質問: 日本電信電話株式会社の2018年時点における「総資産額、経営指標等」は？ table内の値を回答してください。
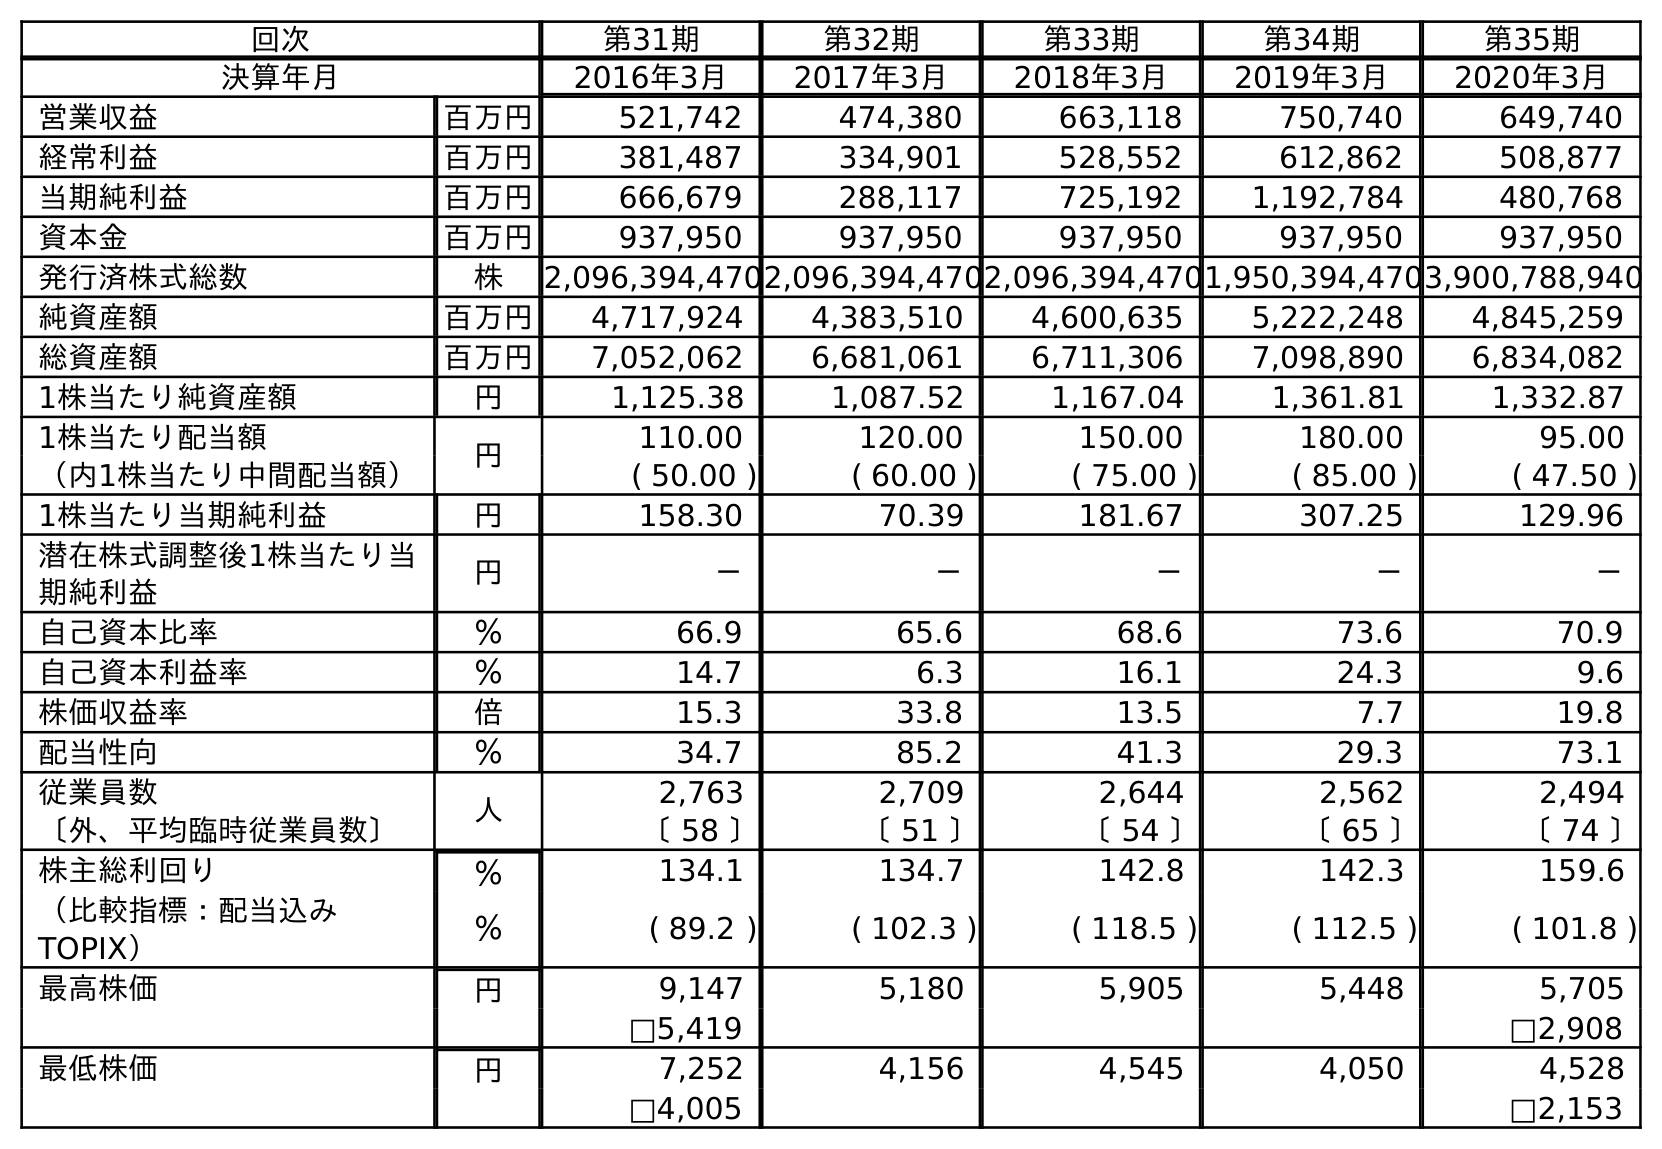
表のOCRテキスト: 回次 第31期 第32期 第33期 第34期 第35期 決算年月 2016年3月 2017年3月 2018年3月 2019年3月 2020年3月 営業収益 百万円 521,742 474,380 663,118 750,740 649,740 経常利益 百万円 381,487 334,901 528,552 612,862 508,877 当期純利益 百万円 666,679 288,117 725,192 1,192,784 480,768 資本金 百万円 937,950 937,950 937,950 937,950 937,950 発行済株式総数 株 2,096,394,4702,096,394,4702,096,394,4701,950,394,4703,900,788,940 純資産額 百万円 4,717,924 4,383,510 4,600,635 5,222,248 4,845,259 総資産額 百万円 7,052,062 6,681,061 6,711,306 7,098,890 6,834,082 1株当たり純資産額 円 1,125.38 1,087.52 1,167.04 1,361.81 1,332.87 1株当たり配当額 円 110.00 120.00 150.00 180.00 95.00 （内1株当たり中間配当額） ( 50.00 ) ( 60.00 ) ( 75.00 ) ( 85.00 ) ( 47.50 ) 1株当たり当期純利益 円 158.30 70.39 181.67 307.25 129.96 潜在株式調整後1株当たり当 期純利益 円 － － － － － 自己資本比率 ％ 66.9 65.6 68.6 73.6 70.9 自己資本利益率 ％ 14.7 6.3 16.1 24.3 9.6 株価収益率 倍 15.3 33.8 13.5 7.7 19.8 配当性向 ％ 34.7 85.2 41.3 29.3 73.1 従業員数 人 2,763 2,709 2,644 2,562 2,494 〔外、平均臨時従業員数〕 〔 58 〕 〔 51 〕 〔 54 〕 〔 65 〕 〔 74 〕 株主総利回り ％ 134.1 134.7 142.8 142.3 159.6 （比較指標：配当込み TOPIX） ％ ( 89.2 ) ( 102.3 ) ( 118.5 ) ( 112.5 ) ( 101.8 ) 最高株価 円 9,147 5,180 5,905 5,448 5,705 □5,419 □2,908 最低株価 円 7,252 4,156 4,545 4,050 4,528 □4,005 □2,153
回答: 6,711,306